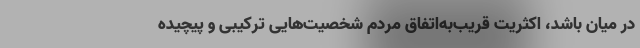
در میان باشد، اکثریت قریب‌به‌اتفاق مردم شخصیت‌هایی ترکیبی و پیچیده